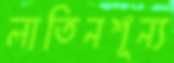
লাতিনশূন্য